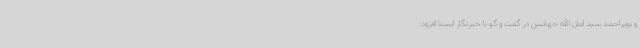
و بویراحمد سید امان الله جهانبین در گفت و گو با خبرنگار ایسنا افزود: